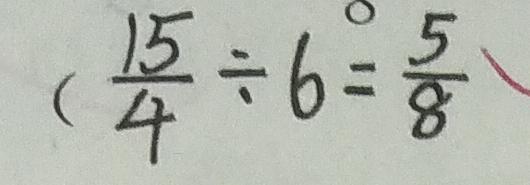
( \frac { 1 5 } { 4 } \div 6 = \frac { 5 } { 8 }